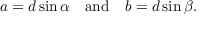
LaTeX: a = d \sin \alpha \quad { \mathrm { a n d } } \quad b = d \sin \beta .